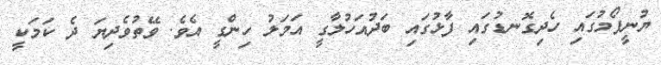
ޔުނީފޯމުގައި ހެދިގޮނޑުގައި ފާޅުގައި ބަދުއަހުލާގީ އަމަލު ހިންގީ އެވެ. ވޭތުވެދިޔަ ދެ ކަމަކީ